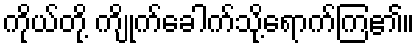
ကိုယ်တို့ ကျိုက်ခေါက်သို့ရောက်ကြ၏။